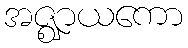
အဇ္ဈာယကော